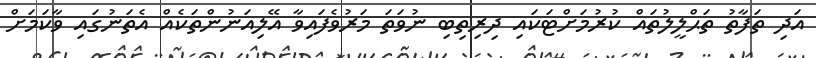
އަދި ތަފާތު ތަޙްލީލުތައް ކުރުމަށްޓަކައި ދިރިތިބި ނުވަތަ މަރުވެފައިވާ އޭލިއަނުންތަކެއް އެތަނުގައި ވާކަމަށް